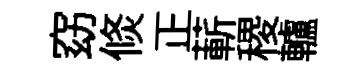
窈倐正蔪稷轤